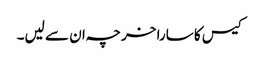
کیس کا سارا خرچہ ان سے لیں۔